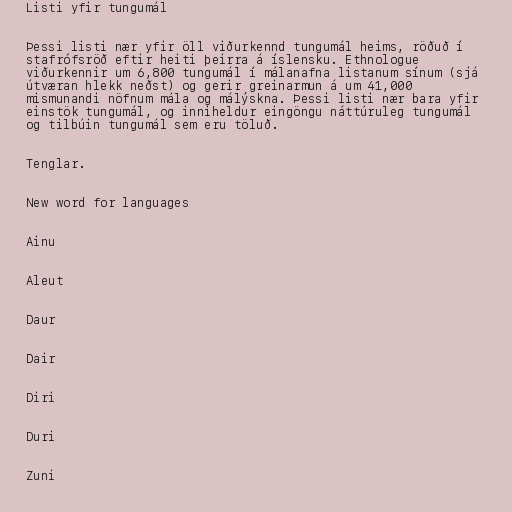
Listi yfir tungumál

Þessi listi nær yfir öll viðurkennd tungumál heims, röðuð í
stafrófsröð eftir heiti þeirra á íslensku. Ethnologue
viðurkennir um 6,800 tungumál í málanafna listanum sínum (sjá
útværan hlekk neðst) og gerir greinarmun á um 41,000
mismunandi nöfnum mála og málýskna. Þessi listi nær bara yfir
einstök tungumál, og inniheldur eingöngu náttúruleg tungumál
og tilbúin tungumál sem eru töluð.

Tenglar.

New word for languages

Ainu

Aleut

Daur

Dair

Diri

Duri

Zuni